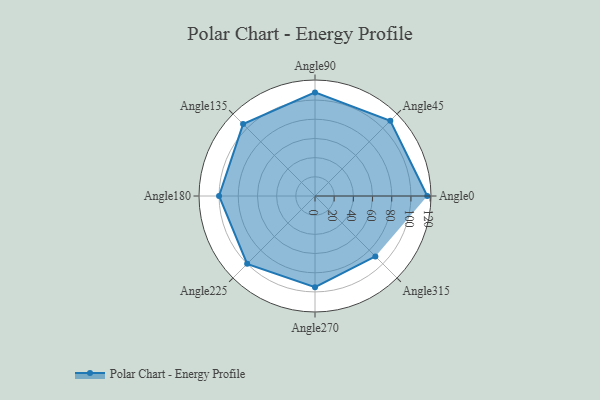
{"axis": {"x": "Angle", "y": "Radius"}, "legend": [""], "data": [{"x": "Angle0", "y": 117.0, "type": ""}, {"x": "Angle45", "y": 111.0, "type": ""}, {"x": "Angle90", "y": 108.0, "type": ""}, {"x": "Angle135", "y": 106.0, "type": ""}, {"x": "Angle180", "y": 100.0, "type": ""}, {"x": "Angle225", "y": 100.0, "type": ""}, {"x": "Angle270", "y": 95.0, "type": ""}, {"x": "Angle315", "y": 89.0, "type": ""}]}